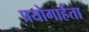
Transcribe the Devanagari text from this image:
प्रयोगार्हता